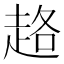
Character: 䞦